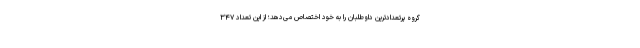
گروه پرتعدادترین داوطلبان را به خود اختصاص می‌دهد؛ از این تعداد ۳۴۷